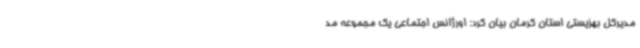
مدیرکل بهزیستی استان کرمان بیان کرد: اورژانس اجتماعی یک مجموعه مد